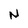
Character: N